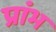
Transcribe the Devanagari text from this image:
प्रांभ